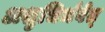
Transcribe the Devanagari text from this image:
अशुचिर्भवेत्